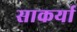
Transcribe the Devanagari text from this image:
साकर्या